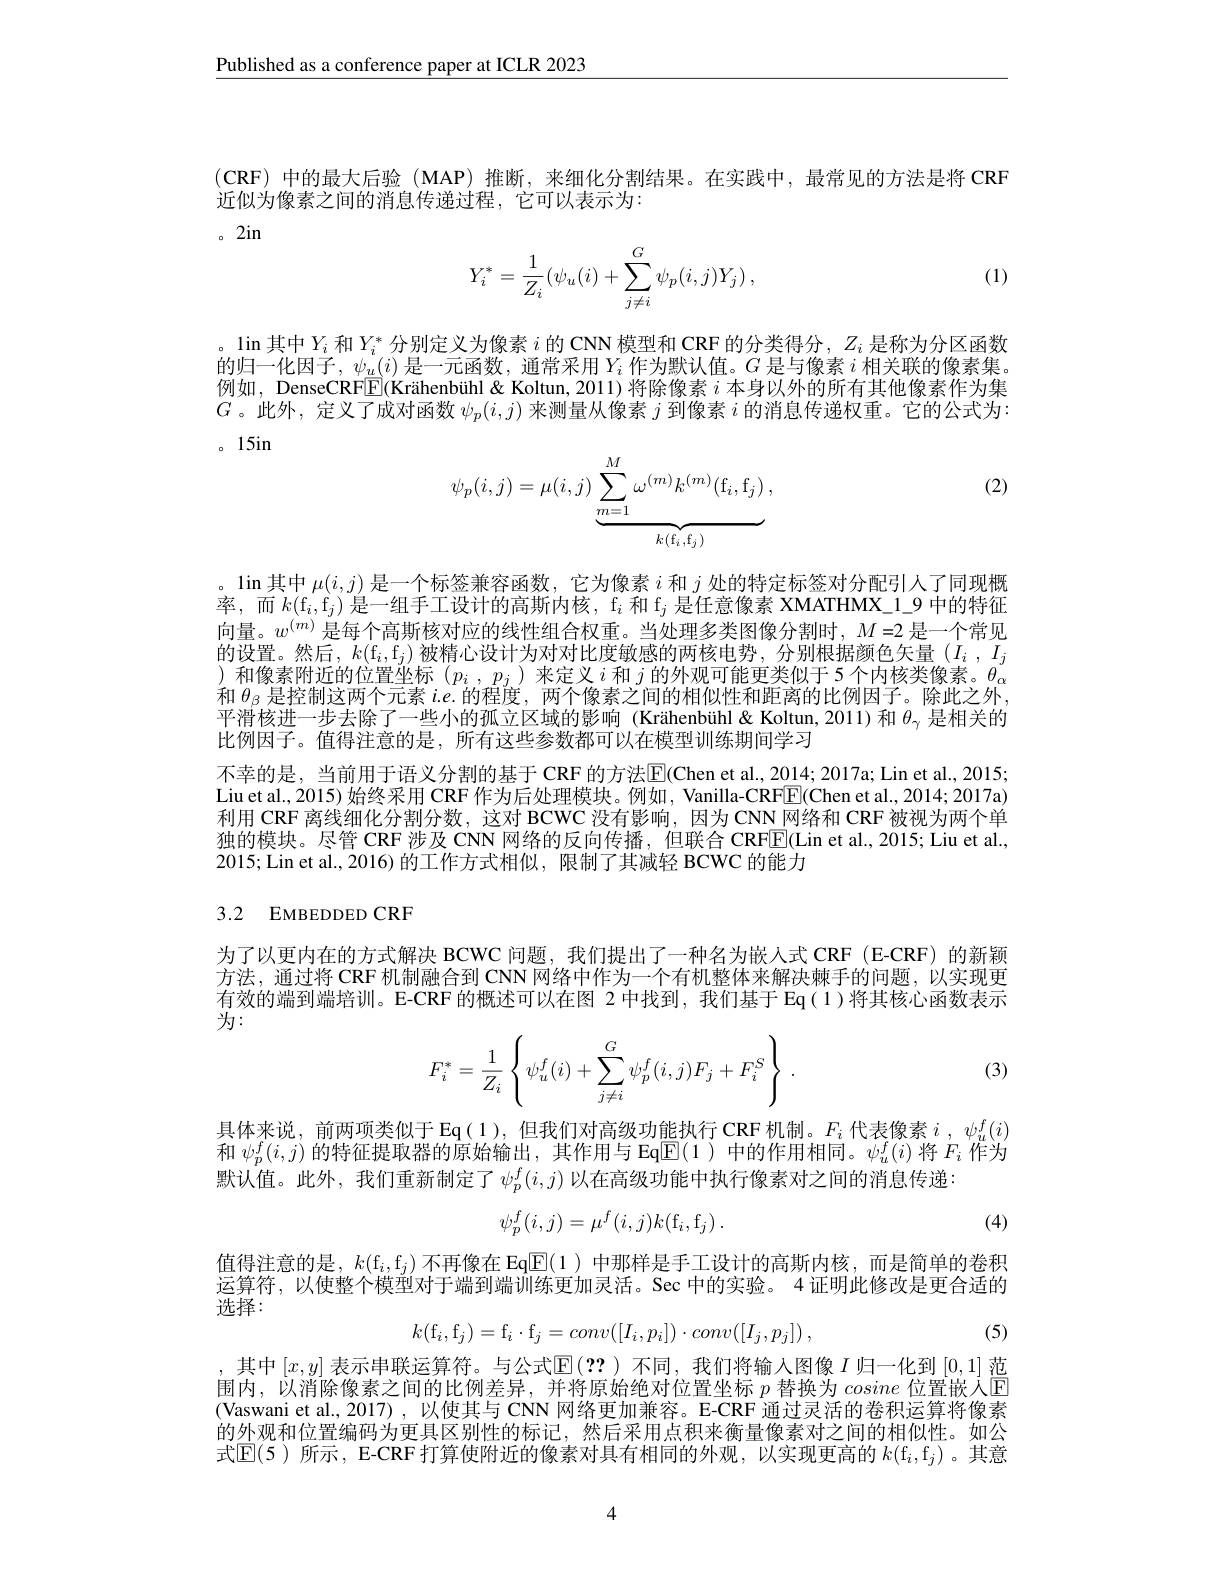
Published as a conference paper at ICLR 2023

$(\mathbf{CRF})$中的最大后验 (MAP)推断，来细化分割结果。在实践中，最常见的方法是将 CRF
近似为像素之间的消息传递过程，它可以表示为：
。2in

(1)
$$Y_i^*=\dfrac{1}{Z_i}(\psi_u(i)+\sum_{j\ne i}^G\psi_p(i,j)Y_j)\:,$$
。$\lim$其中$Y_i$ 和$Y_i^*$分别定义为像素 $i$ 的 CNN 模型和 CRF 的分类得分，$Z_i$ 是称为分区函数的归一化因子，$\psi_u(i)$是一元函数，通常采用$Y_i$作为默认值。$G$是与像素$i$相关联的像素集。例如，DenseCRFE(Krähenbühl& Koltun, 2011) 将除像素$i$本身以外的所有其他像素作为集$G$。此外，定义了成对函数$\psi_p(i,j)$来测量从像素$j$到像素$i$的消息传递权重。它的公式为： 。15in

(2)
$$\psi_p(i,j)=\mu(i,j)\underbrace{\sum_{m=1}^M\omega^{(m)}k^{(m)}(\mathrm{f}_i,\mathrm{f}_j)}_{k(\mathrm{f}_i,\mathrm{f}_j)}\:,$$
。$\lim$其中$\mu(i,j)$是一个标签兼容函数，它为像素$i$和$j$处的特定标签对分配引人了同现概率 , 而 $k( \mathrm{f} _{i}, \mathrm{f} _{j}) \text{ 是 一 组 手 工 设 计 的 高 斯 内 核 , f}_{i}\text{ 和 f}_{j}\text{ 是 任 意 像 素 XMATHMX}_{- 1}$9 中 的 特 征 向 量 。$w^{( m) }$ 是 每 个 高 斯 核 对 应 的 线 性 组 合 权 重 。当 处 理 多 类 图 像 分 割 时 , $M= 2$ 是 一 个 常 见的设置。然后，$k(\mathrm{f}_i,\mathrm{f}_j)$被精心设计为对对比度敏感的两核电势，分别根据颜色矢量$(I_i,I_j$ )和像素附近的位置坐标$(p_i,p_j)$来定义$i$和$j$的外观可能更类似于 5个内核类像素。$\theta_\alpha$ 和$\theta_{\beta}$是控制这两个元素$i.e$.的程度，两个像素之间的相似性和距离的比例因子。除此之外， 平滑核进一步去除了一些小的孤立区域的影响(Krähenbühl& Koltun, 2011)和$\theta_\gamma$是相关的比例因子。值得注意的是，所有这些参数都可以在模型训练期间学习

不幸的是，当前用于语义分割的基于 CRF 的方法$\overline{\mathrm{E}}($Chen et al., 2014; 2017a; Lin et al., 2015; Liu et al., 2015) 始终采用 CRF 作为后处理模块。例如，Vanilla-CRF$\overline{\mathrm{E}}($Chen et al., 2014; 2017a) 利用 CRF 离线细化分割分数，这对 BCWC 没有影响，因为 CNN 网络和 CRF 被视为两个单独的模块。尽管 CRF 涉及 CNN 网络的反向传播，但联合 CRF$\overline{\mathrm{E}}($Lin et al., 2015; Liu et al., 2015;Lin et al., 2016) 的工作方式相似，限制了其减轻 BCWC 的能力

## 3.2 EMBEDDED CRF

为了以更内在的方式解决 BCWC 问题，我们提出了一种名为嵌入式 CRF (E-CRF) 的新颖方法，通过将 CRF 机制融合到 CNN 网络中作为一个有机整体来解决棘手的问题，以实现更有效的端到端培训。E-CRF 的概述可以在图 2 中找到，我们基于 Eq(1)将其核心函数表示为：
$$F_i^*=\dfrac{1}{Z_i}\left\{\psi_u^f(i)+\sum\limits_{j\ne i}^G\psi_p^f(i,j)F_j+F_i^S\right\}\:.$$
(3)

具体来说，前两项类似于 Eq(1),但我们对高级功能执行 CRF 机制。$F_i$代表像素$i,\psi_u^f(i)$ 和$\psi_p^f(i,j)$的特征提取器的原始输出，其作用与 Eq$\overline{\mathrm{E}}(1)$中的作用相同。$\psi_u^f(i)$将$F_i$作为默认值。此外，我们重新制定了$\psi_p^f(i,j)$ 以在高级功能中执行像素对之间的消息传递：
$$\psi_p^f(i,j)=\mu^f(i,j)k(\mathrm{f}_i,\mathrm{f}_j)\:.$$
(4)

值得注意的是，$k(\mathrm{f}_i,\mathrm{f}_j)$不再像在 EqE(1)中那样是手工设计的高斯内核，而是简单的卷积运算符，以使整个模型对于端到端训练更加灵活。Sec 中的实验。4 证明此修改是更合适的$\bar{\text{选择：}}$
$$k(\mathrm f_i,\mathrm f_j)=\mathrm f_i\cdot\mathrm f_j=conv([I_i,p_i])\cdot conv([I_j,p_j])\:,$$
(5)

,其中$[x,y]$表示串联运算符。与公式$\mathbb{E}(??)$不同，我们将输入图像$I$归一化到[0,1]范围内，以消除像素之间的比例差异，并将原始绝对位置坐标$p$替换为cosine位置嵌入$\mathbb{E}$ (Vaswani et al.,2017) , 以使其与 CNN 网络更加兼容。E-CRF 通过灵活的卷积运算将像素的外观和位置编码为更具区别性的标记，然后采用点积来衡量像素对之间的相似性。如公式$\mathbb{E}(5)$ 所示，E-CRF 打算使附近的像素对具有相同的外观，以实现更高的 $k(\mathrm{f}_i,\mathrm{f}_j)$ 。其意

4